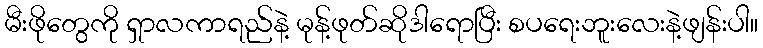
မီးဖိုတွေကို ရှာလကာရည်နဲ့ မုန့်ဖုတ်ဆိုဒါရောပြီး စပရေးဘူးလေးနဲ့ဖျန်းပါ။